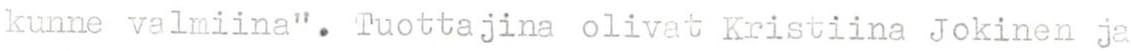
kunne valmiina". Tuottajina olivat Kristiina Jokinen ja